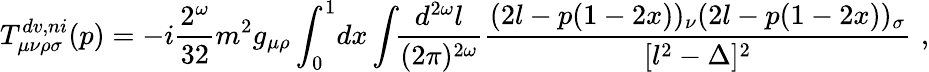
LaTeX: T_{\mu\nu\rho\sigma}^{dv,ni}(p)=-i\frac{2^{\omega}}{32}m^{2}g_{\mu\rho}\int_{0}^{1}\! dx\int\! \! \frac{d^{2\omega}l}{(2\pi)^{2\omega}}\frac{(2l-p(1-2x))_{\nu}(2l-p(1-2x))_{\sigma}}{[l^{2}-\Delta]^{2}}\, \, ,